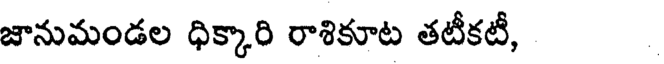
జానుమండల ధిక్కారి రాశికూట తటీకటీ,